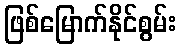
ဖြစ်မြောက်နိုင်စွမ်း